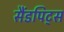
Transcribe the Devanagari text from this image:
सैंडपिट्स